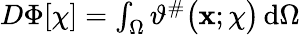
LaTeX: \begin{array}{r}{D\Phi[\chi]=\int_{\Omega}\vartheta^{\# }\big(\mathbf{x};\chi\big)\, \mathrm{d}\Omega}\end{array}